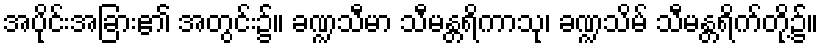
အပိုင်းအခြား၏ အတွင်း၌။ ခဏ္ဍသီမာ သီမန္တရိကာသု၊ ခဏ္ဍသိမ် သီမန္တရိက်တို့၌။